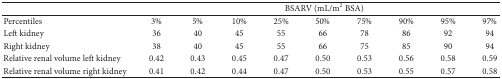
|  | <COLSPAN=9> BSARV (mL/m2 BSA) |
 | --- | --- | --- | --- | --- | --- | --- | --- | --- | --- |
 | Percentiles | 3% | 5% | 10% | 25% | 50% | 75% | 90% | 95% | 97% |
 | Left kidney | 36 | 40 | 45 | 55 | 66 | 78 | 86 | 92 | 94 |
 | Right kidney | 38 | 40 | 45 | 55 | 66 | 75 | 85 | 90 | 94 |
 | Relative renal volume left kidney | 0.42 | 0.43 | 0.45 | 0.47 | 0.50 | 0.53 | 0.56 | 0.58 | 0.59 |
 | Relative renal volume right kidney | 0.41 | 0.42 | 0.44 | 0.47 | 0.50 | 0.53 | 0.55 | 0.57 | 0.58 |